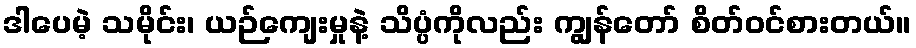
ဒါပေမဲ့ သမိုင်း၊ ယဉ်ကျေးမှုနဲ့ သိပ္ပံကိုလည်း ကျွန်တော် စိတ်ဝင်စားတယ်။